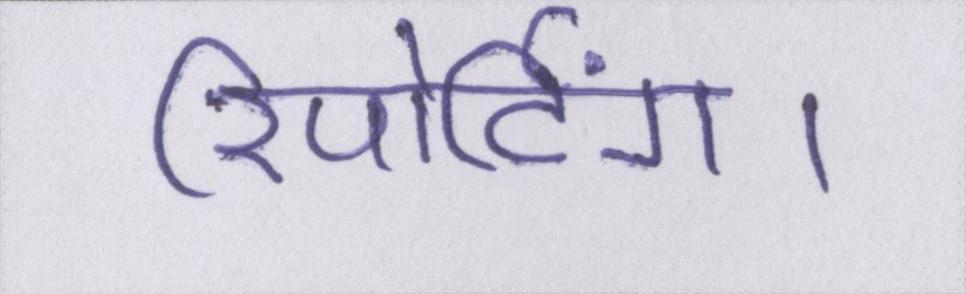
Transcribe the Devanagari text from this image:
रिपोर्टिंग।